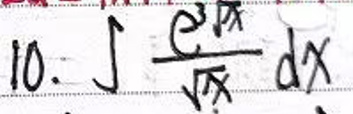
$10.\(\int\frac{e^{\sqrt{x}}}{\sqrt{x}}dx\)$